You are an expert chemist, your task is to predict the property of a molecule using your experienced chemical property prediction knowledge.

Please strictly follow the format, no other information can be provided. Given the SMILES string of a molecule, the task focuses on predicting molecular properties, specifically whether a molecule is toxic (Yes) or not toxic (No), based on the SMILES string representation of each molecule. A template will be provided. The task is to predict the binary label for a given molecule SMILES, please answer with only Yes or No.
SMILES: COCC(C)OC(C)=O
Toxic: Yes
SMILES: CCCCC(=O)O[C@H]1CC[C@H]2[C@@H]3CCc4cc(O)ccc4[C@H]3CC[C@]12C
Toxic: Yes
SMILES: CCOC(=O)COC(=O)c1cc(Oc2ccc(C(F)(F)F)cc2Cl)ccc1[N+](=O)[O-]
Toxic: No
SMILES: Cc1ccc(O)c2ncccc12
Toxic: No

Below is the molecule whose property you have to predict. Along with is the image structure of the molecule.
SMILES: COC(C(=O)O)c1ccccc1
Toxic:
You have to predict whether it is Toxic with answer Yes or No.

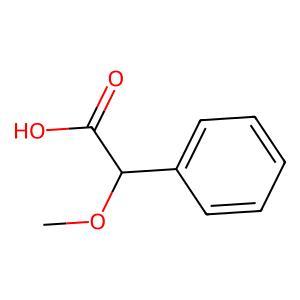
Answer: No